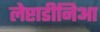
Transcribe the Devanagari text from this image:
लेप्टाडीनिआ